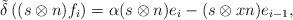
LaTeX: \begin{align*} \tilde{\delta}\left( (s\otimes n)f_i\right) &= \alpha (s\otimes n) e_i - (s\otimes xn) e_{i-1} ,\end{align*}